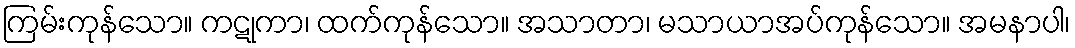
ကြမ်းကုန်သော။ ကဋုကာ၊ ထက်ကုန်သော။ အသာတာ၊ မသာယာအပ်ကုန်သော။ အမနာပါ၊